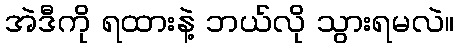
အဲဒီကို ရထားနဲ့ ဘယ်လို သွားရမလဲ။